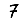
Digit: 7